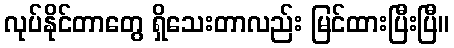
လုပ်နိုင်တာတွေ ရှိသေးတာလည်း မြင်ထားပြီးပြီ။